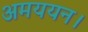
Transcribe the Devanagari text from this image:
अमययन।